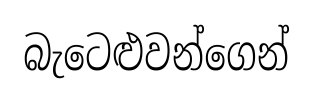
බැටෙළුවන්ගෙන්